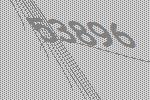
53896